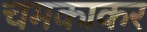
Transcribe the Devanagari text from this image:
चमकाकर